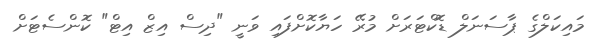
މައިކަލްގެ ޕާސަނަލް ޑޮކްޓަރަށް މުރޭ ހަޔާކޮށްފައި ވަނީ "ދިސް އިޒް އިޓް" ކޮންސެޓަށް